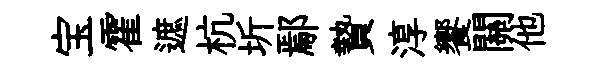
宝霍遮杭圻鄢贄淳饗關他